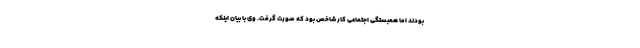
بودند اما همبستگی اجتماعی کار شاخص بود که صورت گرفت. وی با بیان اینکه